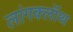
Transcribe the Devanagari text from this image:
लांगक्लॉथ